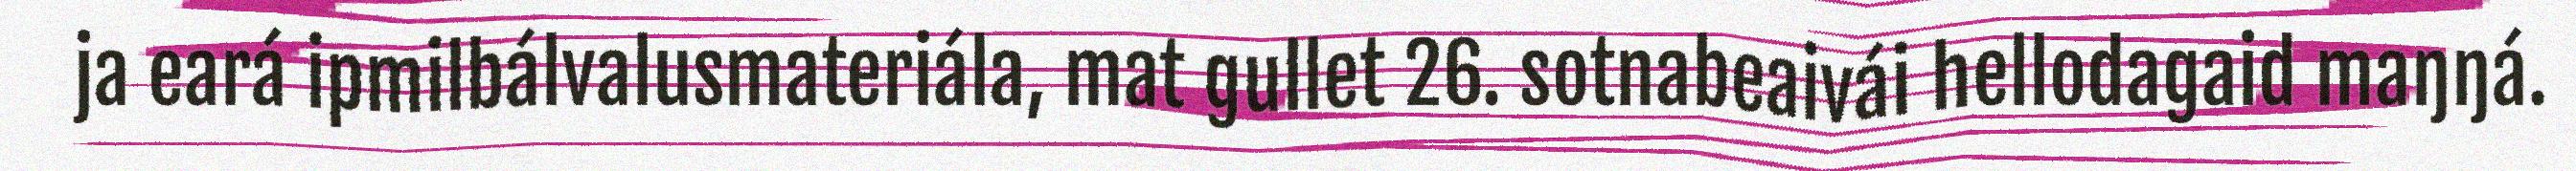
ja eará ipmilbálvalusmateriála, mat gullet 26. sotnabeaivái hellodagaid maŋŋá.